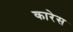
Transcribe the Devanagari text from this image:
कारेस